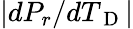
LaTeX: |dP_{r}/dT_{\mathrm{~D~}}|